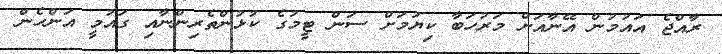
ރާއްޖެ އައުމުން އޭނާއަށް މަރުހަބާ ކިޔުމަށް ސަން ޓީމުގެ ކުޅުންތެރިންނާއި ގައުމީ އަންހެން